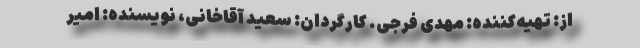
از: تهیه‌کننده: مهدی فرجی. کارگردان: سعید آقاخانی، نویسنده: امیر